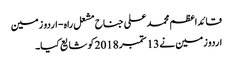
قائداعظم محمد علی جناح مشعل راہ - اردو زمین
اردو زمین نے 13 ستمبر 2018 کو شایع کیا۔